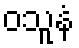
ဝသူနံ